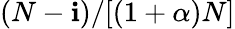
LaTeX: (N-\mathbf{i})/[(1+\alpha)N]